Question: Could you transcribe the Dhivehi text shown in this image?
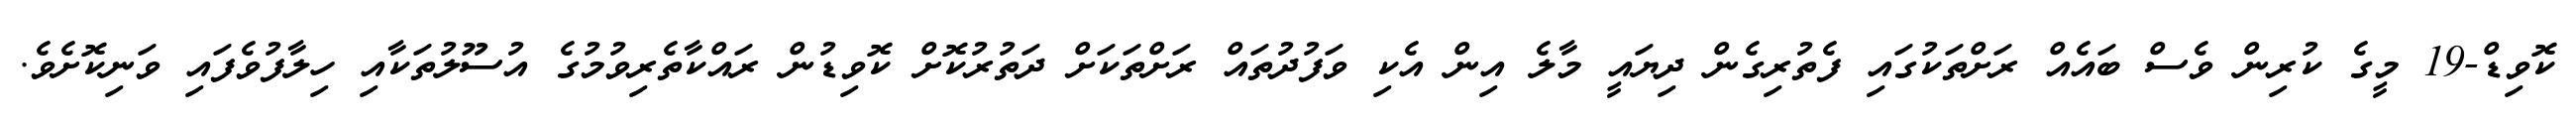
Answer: ކޮވިޑް-19 މީގެ ކުރިން ވެސް ބައެއް ރަށްތަކުގައި ފެތުރިގެން ދިޔައީ މާލެ އިން އެކި ވަފުދުތައް ރަށްތަކަށް ދަތުރުކޮށް ކޮވިޑުން ރައްކާތެރިވުމުގެ އުސޫލުތަކާއި ހިލާފުވެފައި ވަނިކޮށެވެ.